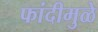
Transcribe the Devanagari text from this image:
फांदीमुळे